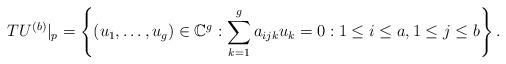
LaTeX: \begin{align*}TU^{(b)}|_{p}=\left\{ (u_1, \ldots, u_g) \in \mathbb{C}^g : \sum_{k=1}^g a_{ijk} u_k=0 : 1\le i\le a, 1\le j\le b \right\}. \end{align*}